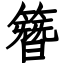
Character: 簪